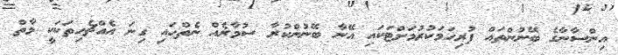
އިންސާނާގެ ބޭނުންތައް ފުރިހަމަކުރުމަށްޓަކައި އޭނާ ބޭނުންކުރާ ސުމާރެއް ނެތްހައި ގިނަ އެއްޗެހިތަކަކީ މާތް